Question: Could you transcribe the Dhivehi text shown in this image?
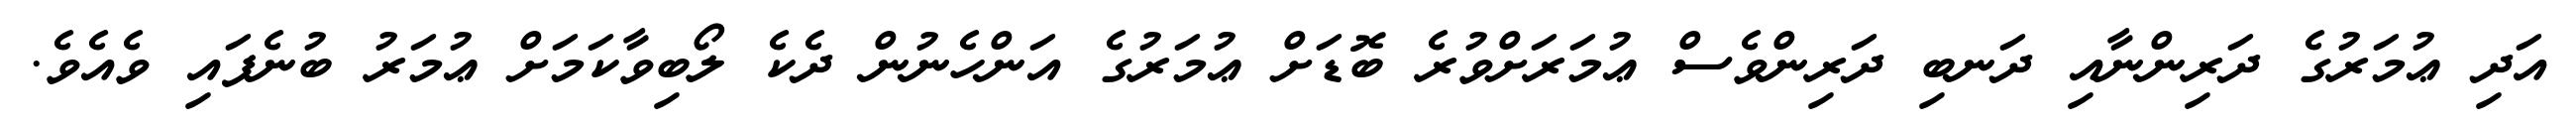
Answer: އަދި ޢުމަރުގެ ދަރިންނާއި ދަނބި ދަރިންވެސް ޢުމަރަށްވުރެ ބޮޑަށް ޢުމަރުގެ އަންހެނުން ދެކެ ލޯބިވާކަމަށް ޢުމަރު ބުނެފައި ވެއެވެ.